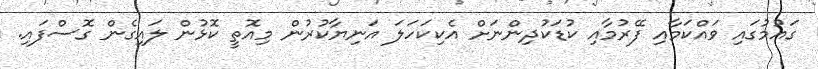
ގައުމުގައި ވައްކަމާއި ފޭރުމާއި ކުޑަކުދިންނަށް އެކިކަހަލަ އަނިޔާކުރުން މިއޮތީ ކޮޅުން ލައިގެން ގޮސްފައި.